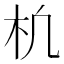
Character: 𣏆